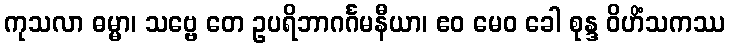
ကုသလာ ဓမ္မာ၊ သဗ္ဗေ တေ ဥပရိဘာဂင်္ဂမနီယာ၊ ဧဝ မေဝ ခေါ စုန္ဒ ဝိဟိံသကဿ